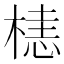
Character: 𬃰